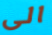
الى